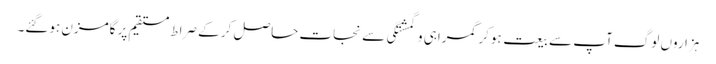
ہزاروں لوگ آپ سے بیعت ہوکر گمراہی و گمشتگی سے نجات حاصل کر کے صراطِ مستقیم پر گامزن ہوگئے۔